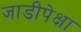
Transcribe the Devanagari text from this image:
जाडीपेक्षा